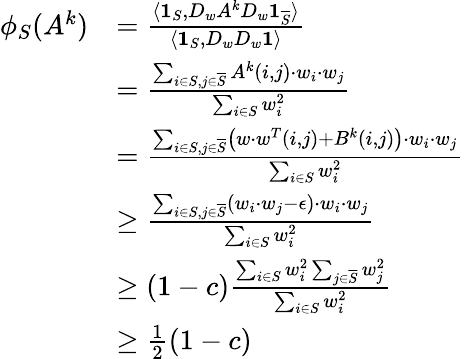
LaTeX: \begin{array}{rl}{\phi_{S}(A^{k})}&{=\frac{\langle\mathbf{1}_{S},D_{w}A^{k}D_{w}\mathbf{1}_{\overline{{S}}}\rangle}{\langle\mathbf{1}_{S},D_{w}D_{w}\mathbf{1}\rangle}}\\ &{=\frac{\sum_{i\in S,j\in\overline{{S}}}A^{k}(i,j)\cdot w_{i}\cdot w_{j}}{\sum_{i\in S}w_{i}^{2}}}\\ &{=\frac{\sum_{i\in S,j\in\overline{{S}}}\left(w\cdot w^{T}(i,j)+B^{k}(i,j)\right)\cdot w_{i}\cdot w_{j}}{\sum_{i\in S}w_{i}^{2}}}\\ &{\geq\frac{\sum_{i\in S,j\in\overline{{S}}}\left(w_{i}\cdot w_{j}-\epsilon\right)\cdot w_{i}\cdot w_{j}}{\sum_{i\in S}w_{i}^{2}}}\\ &{\geq(1-c)\frac{\sum_{i\in S}w_{i}^{2}\sum_{j\in\overline{{S}}}w_{j}^{2}}{\sum_{i\in S}w_{i}^{2}}}\\ &{\geq\frac{1}{2}(1-c)}\end{array}